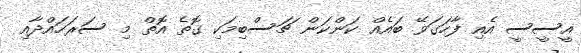
އީސީސީ އެއި ފާހަގަވޭ ބައެއް ކަންކަން ޗަސްބިމަކި ގޮތެ އޮތް މި ސަރަހައްދާއި